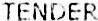
TENDER